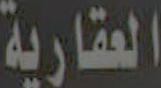
العقارية